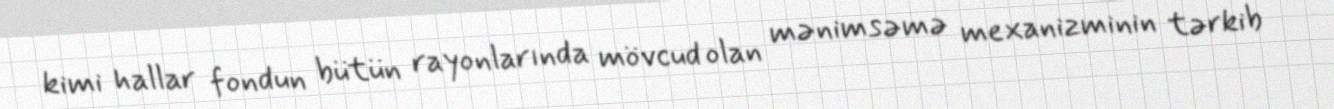
kimi hallar fondun bütün rayonlarında mövcud olan mənimsəmə mexanizminin tərkib